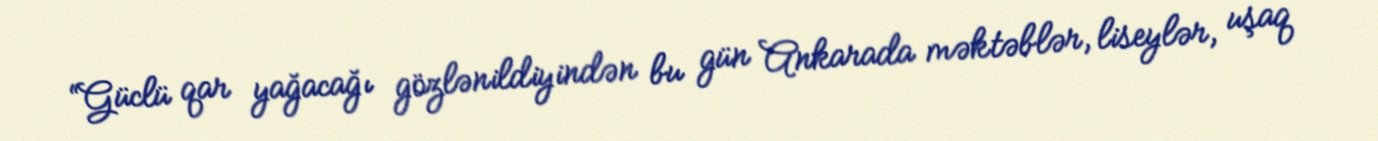
“Güclü qar yağacağı gözlənildiyindən bu gün Ankarada məktəblər, liseylər, uşaq